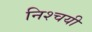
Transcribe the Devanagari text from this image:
निश्‍चयी